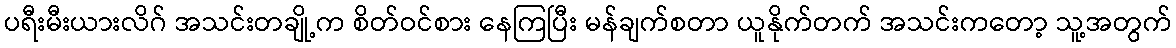
ပရီးမီးယားလိဂ် အသင်းတချို့က စိတ်ဝင်စား နေကြပြီး မန်ချက်စတာ ယူနိုက်တက် အသင်းကတော့ သူ့အတွက်